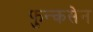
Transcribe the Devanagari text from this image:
फुन्कसेन